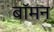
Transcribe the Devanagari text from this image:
बॉमन